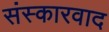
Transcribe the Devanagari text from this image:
संस्कारवाद